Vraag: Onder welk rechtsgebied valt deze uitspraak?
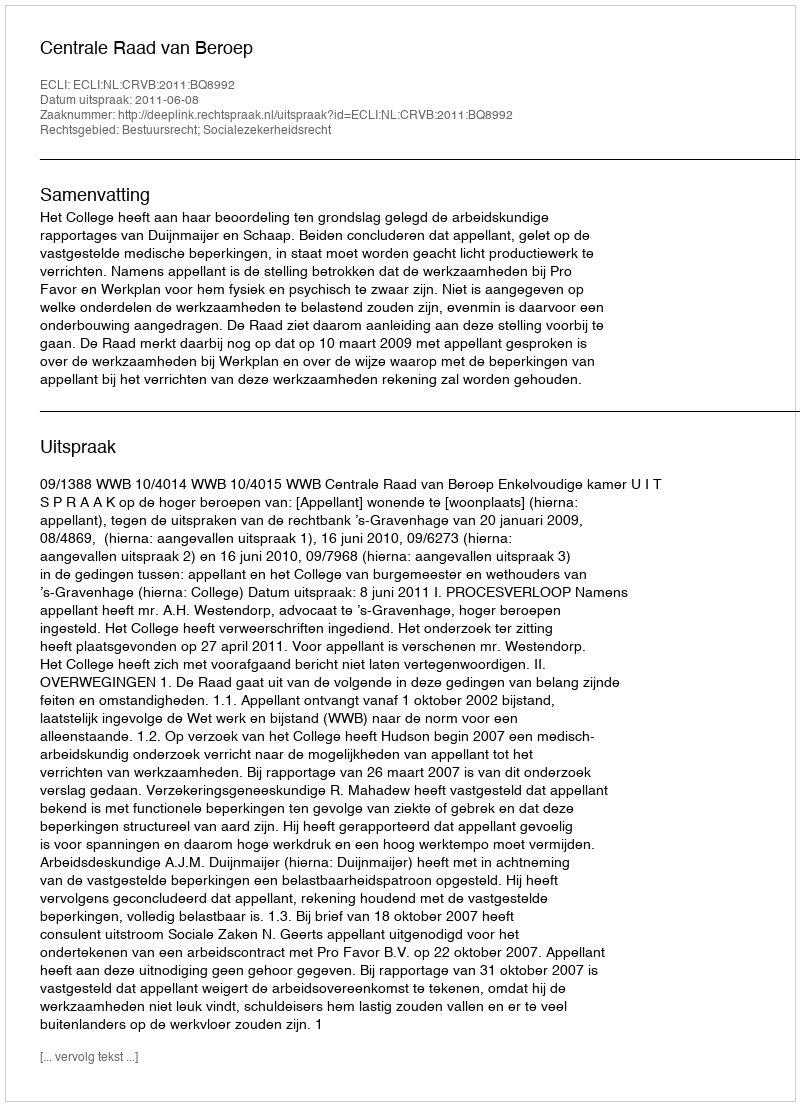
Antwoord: Bestuursrecht; Socialezekerheidsrecht